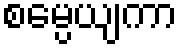
စမ္ပေယျကာ